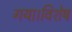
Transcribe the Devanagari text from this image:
गया।विशेष